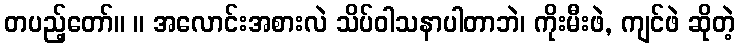
တပည့်တော်။ ။ အလောင်းအစားလဲ သိပ်ဝါသနာပါတာဘဲ၊ ကိုးမီးဖဲ, ကျင်ဖဲ ဆိုတဲ့